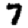
Digit: 7